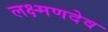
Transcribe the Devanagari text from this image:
लक्ष्‍मणदेव